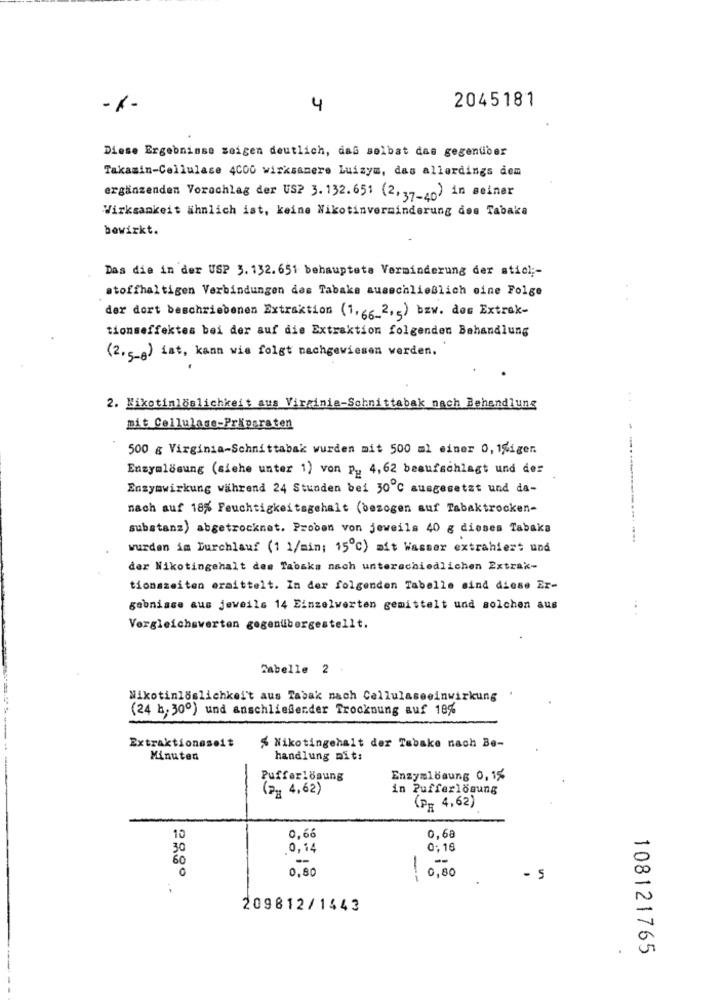
2045181
-1-
4
Diese Ergebnisse zeigen deutlich, daß selbst das gegenüber
Takasin-Cellulase 4C00 wirksamere Luizym, das allerdings dem
ergänzenden Vorschlag der US? 3. 132.651 (2,37-40) in seiner
Wirksamkeit ähnlich ist, keine Nikotinverminderung dee Tabake
bewirkt.
Das die in der USP 5. 132.651 behaupteta Verminderung der stick ;-
stoffhaltigen Verbindungen des Tabaks ausschließlich eine Folge
der dort beschriebenen Extraktion (1,66_2,5) bzw. doc Extrak-
tionseffektes bei der auf die Extraktion folgenden Behandlung
(2,5-0) ist, kann wie folgt nachgewiesen werden.
2. Nikotinlöslichkeit aus Virginia-Schnittabak nach Behandlung
mit Cellulase-Präparaten
500 g Virginia-Schnittabak wurden mit 500 ml einer 0, 1%iger.
Enzymlösung (siehe unter 1) von p ., 4,62 beaufschlagt und der
Enzymwirkung während 24 Stunden bei 30℃ ausgesetzt und da-
nach auf 18% Feuchtigkeitsgehalt (bezogen auf Tabaktrocken-
substanz) abgetrocknet. Proban von jeweils 40 g dieses Tabaks
------------- --.
wurden im Durchlauf (1 1/min; 15℃) mit Wasser extrahiert und
der Nikotingehalt des Tabaks nach unterschiedlichen Extrak-
tionszeiten ermittelt. In der folgenden Tabelle sind diese Er-
gebnisse aus jeweils 14 Einzelwerten gemittelt und solchen aus
..
Vergleichswerten gegenübergestellt.
Tabelle 2 .
Nikotinlöslichkei't aus Tabak nach Cellulaseeinwirkung
(24 h; 300) und anschließender Trocknung auf 18%
Extraktionaseit
% Nikotingehalt der Tabake nach Be-
Minuten
handlung mit:
Pufferlösung
Enzymlösung 0, 15
( 4,62)
in Pufferlösung
(PR 4,62)
10
0,66
0,68
30
0,14
0;18
60
-
--
0,80
0,80
- 5
209812/1443
108121765